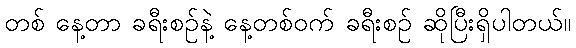
တစ် နေ့တာ ခရီးစဉ်နဲ့ နေ့တစ်ဝက် ခရီးစဉ် ဆိုပြီးရှိပါတယ်။